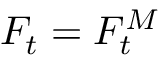
F _ { t } = F _ { t } ^ { M }